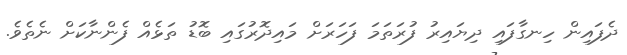
ދެފައިން ހިނގާފައި ދިޔައިރު ފުރަތަމަ ފަހަރަށް މައިދޮރުގައި ބޮޑު ތަޅެއް ފެންނާކަށް ނެތެވެ.